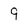
Character: 9